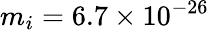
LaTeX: m_{i}=6.7\times 10^{-26}